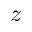
z